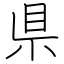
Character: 県